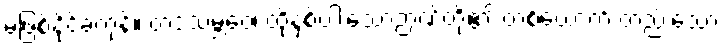
မဖြစ်နိုင်ခဲ့ကုန်။ တဒသမ္ဘဝေ၊ ထိုနှစ်ပါးသောဉာဏ်တို့၏ တစ်ယောက် တည်းသော